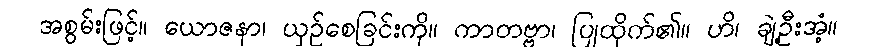
အစွမ်းဖြင့်။ ယောဇနာ၊ ယှဉ်စေခြင်းကို။ ကာတဗ္ဗာ၊ ပြုထိုက်၏။ ဟိ၊ ချဲ့ဦးအံ့။